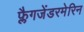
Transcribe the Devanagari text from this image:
फ्लैगजेंडरमेरिन